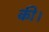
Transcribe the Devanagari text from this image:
की।